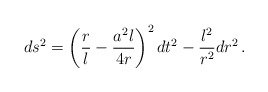
\begin{align*}ds^2 = \left(\frac rl - \frac{a^2l}{4r}\right)^2 dt^2 - \frac{l^2}{r^2} dr^2\,.\end{align*}